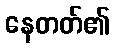
နေတတ်၏